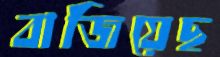
বাজিয়েছ